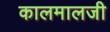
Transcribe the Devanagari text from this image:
कालमालजी